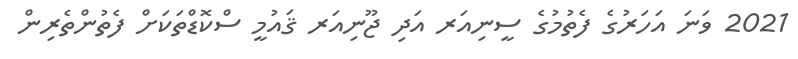
2021 ވަނަ އަހަރުގެ ފެތުމުގެ ސީނިއަރ އަދި ޖޫނިއަރ ޤައުމީ ސްކޮޑްތަކަށް ފެތުންތެރިން